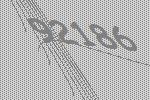
92186